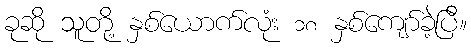
ခုဆို သူတို့ နှစ်ယောက်လုံး ၁၈ နှစ်ကျော်ခဲ့ပြီ။